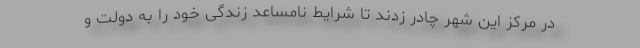
در مرکز این شهر چادر زدند تا شرایط نامساعد زندگی خود را به دولت و